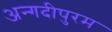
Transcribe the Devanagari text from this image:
अन्गदीपुरम